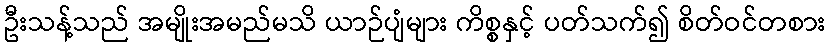
ဦးသန့်သည် အမျိုးအမည်မသိ ယာဉ်ပျံများ ကိစ္စနှင့် ပတ်သက်၍ စိတ်ဝင်တစား